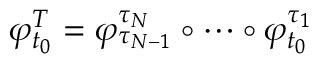
\varphi _ { t _ { 0 } } ^ { T } = \varphi _ { \tau _ { N - 1 } } ^ { \tau _ { N } } \circ \cdots \circ \varphi _ { t _ { 0 } } ^ { \tau _ { 1 } }